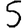
Digit: 5